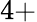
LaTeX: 4+